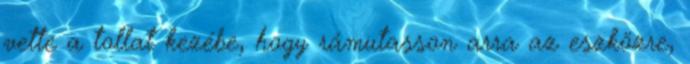
vette a tollat kezébe, hogy rámutasson arra az eszközre,